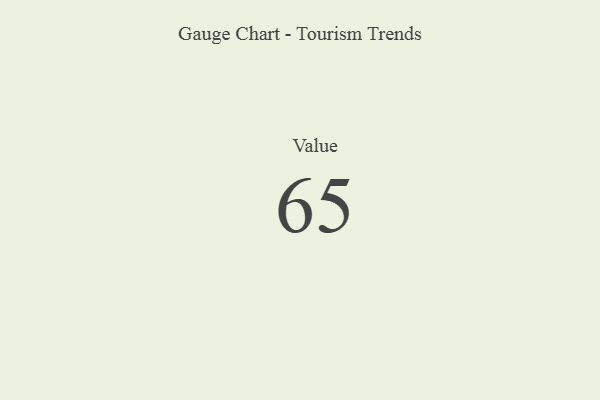
{"axis": {"x": "Metric", "y": "Value"}, "legend": [""], "data": [{"x": "Value", "y": 65, "type": ""}]}